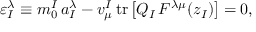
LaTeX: \varepsilon _ { I } ^ { \lambda } \equiv m _ { 0 } ^ { I } \, a _ { I } ^ { \lambda } - v _ { \mu } ^ { I } \, \mathrm { t r } \, \bigl [ Q _ { I } \, F ^ { \lambda \mu } ( z _ { I } ) \bigr ] = 0 ,